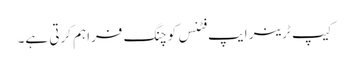
کیپ ٹرینر ایپ فٹنس کوچنگ فراہم کرتی ہے۔